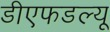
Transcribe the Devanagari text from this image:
डीएफडल्‍यू